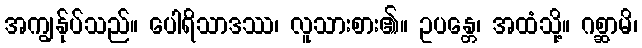
အကျွန်ုပ်သည်။ ပေါရိသာဒဿ၊ လူသားစား၏။ ဥပန္တေ၊ အထံသို့။ ဂစ္ဆာမိ၊